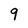
Character: 9